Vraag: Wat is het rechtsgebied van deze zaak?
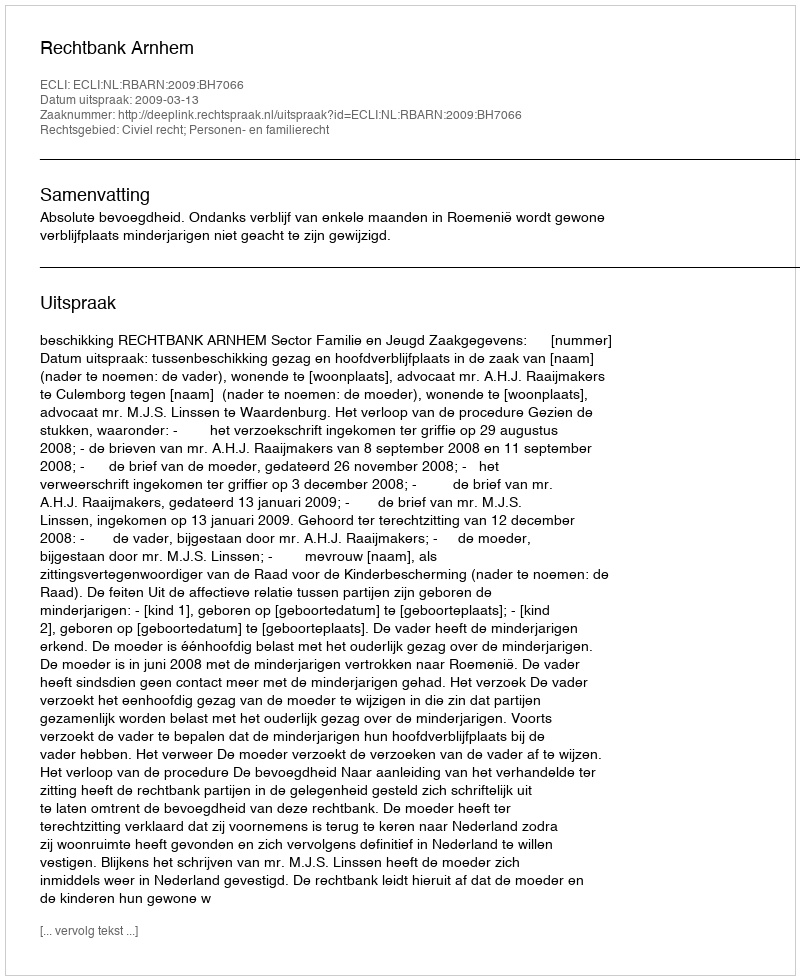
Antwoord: Civiel recht; Personen- en familierecht